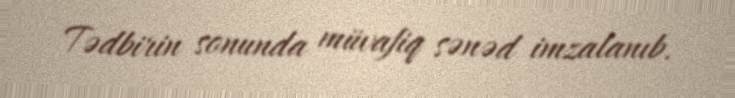
Tədbirin sonunda müvafiq sənəd imzalanıb.